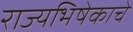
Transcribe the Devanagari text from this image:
राज्यभिषेकाचे